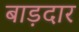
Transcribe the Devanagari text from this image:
बाड़दार